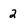
Character: 2